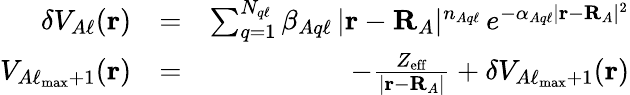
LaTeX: \begin{array}{rlr}{\delta V_{A\ell}(\mathbf{r})}&{=}&{\sum_{q=1}^{N_{q\ell}}\beta_{Aq\ell}\, |\mathbf{r}-\mathbf{R}_{A}|^{n_{Aq\ell}}\, e^{-\alpha_{Aq\ell}|\mathbf{r}-\mathbf{R}_{A}|^{2}}}\\ {V_{A\ell_{\operatorname*{max}}+1}(\mathbf{r})}&{=}&{-\frac{Z_{\mathrm{eff}}}{|\mathbf{r}-\mathbf{R}_{A}|}+\delta V_{A\ell_{\operatorname*{max}}+1}(\mathbf{r})}\end{array}